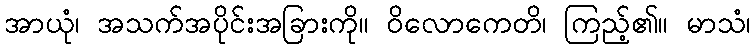
အာယုံ၊ အသက်အပိုင်းအခြားကို။ ဝိလောကေတိ၊ ကြည့်၏။ မာသံ၊